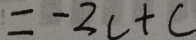
= - 3 c + c